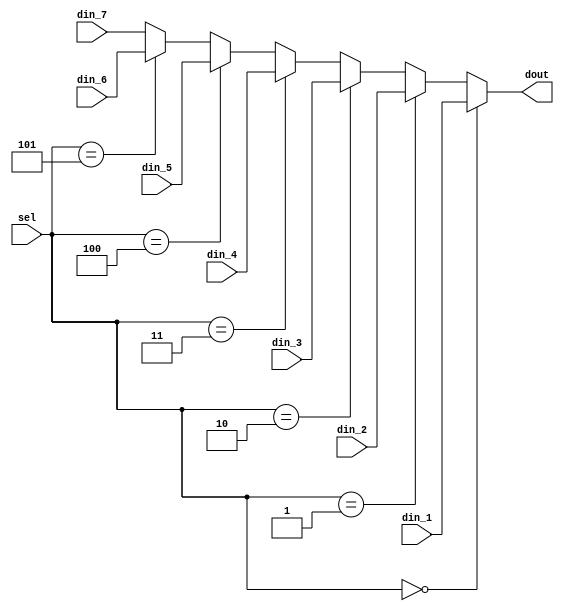
module mux_7(
input wire			din_1,
input wire			din_2,
input wire			din_3,
input wire			din_4,
input wire			din_5,
input wire			din_6,
input wire			din_7,
 
input wire [2:0]	sel,
output wire			dout
);


assign dout = 	(sel==3'd0)	?  din_1:
					(sel==3'd1)	?	din_2:
					(sel==3'd2)	?	din_3:
					(sel==3'd3)	?	din_4:
					(sel==3'd4)	?	din_5:
					(sel==3'd5)	?	din_6:
					(sel==3'd6)	?	din_7:	din_7;


endmodule